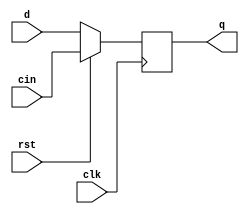
module dff(
    input clk,
	 input rst,
    input d,
	 input cin,
    output q
    );

	reg q;
	
	always @(posedge clk)	//if reset=0, Q=D, else Q=cin
	begin	
	if(rst == 0)
		q = d;
	else
		q = cin;
	end

endmodule